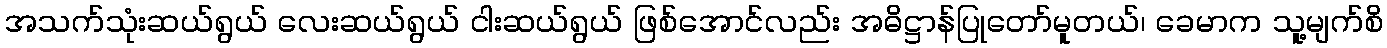
အသက်သုံးဆယ်ရွယ် လေးဆယ်ရွယ် ငါးဆယ်ရွယ် ဖြစ်အောင်လည်း အဓိဋ္ဌာန်ပြုတော်မူတယ်၊ ခေမာက သူ့မျက်စိ